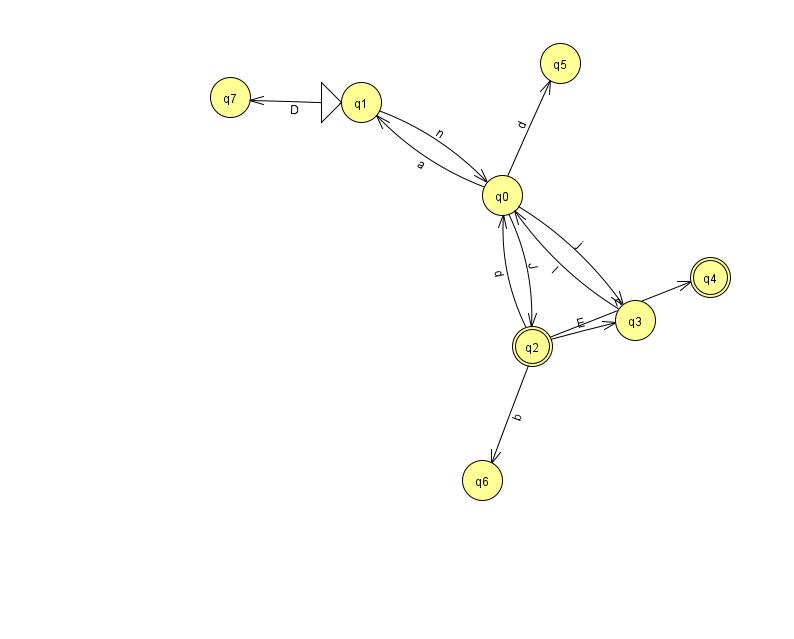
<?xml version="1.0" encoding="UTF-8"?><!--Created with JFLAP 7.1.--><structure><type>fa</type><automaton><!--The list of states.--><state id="0" name="q0"><x>502.0</x><y>182.0</y></state><state id="1" name="q1"><x>361.0</x><y>89.0</y><initial/></state><state id="2" name="q2"><x>532.0</x><y>333.0</y><final/></state><state id="3" name="q3"><x>635.0</x><y>307.0</y></state><state id="4" name="q4"><x>710.0</x><y>264.0</y><final/></state><state id="5" name="q5"><x>560.0</x><y>50.0</y></state><state id="6" name="q6"><x>482.0</x><y>467.0</y></state><state id="7" name="q7"><x>230.0</x><y>84.0</y></state><!--The list of transitions.--><transition><from>0</from><to>1</to><read>a</read></transition><transition><from>1</from><to>7</to><read>D</read></transition><transition><from>0</from><to>2</to><read>J</read></transition><transition><from>2</from><to>3</to><read>E</read></transition><transition><from>0</from><to>3</to><read>j</read></transition><transition><from>0</from><to>5</to><read>d</read></transition><transition><from>2</from><to>4</to><read>n</read></transition><transition><from>3</from><to>0</to><read>I</read></transition><transition><from>2</from><to>6</to><read>b</read></transition><transition><from>2</from><to>0</to><read>d</read></transition><transition><from>1</from><to>0</to><read>n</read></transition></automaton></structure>